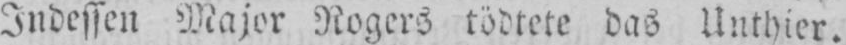
Indessen Major Rogers tödtete das Unthier.